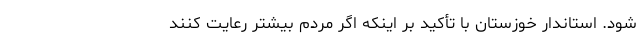
شود. استاندار خوزستان با تأکید بر اینکه اگر مردم بیشتر رعایت کنند